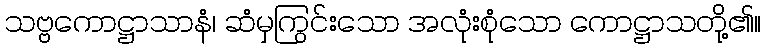
သဗ္ဗကောဋ္ဌာသာနံ၊ ဆံမှကြွင်းသော အလုံးစုံသော ကောဋ္ဌာသတို့၏။